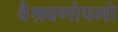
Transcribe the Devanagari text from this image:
वैश्रवणोपमो